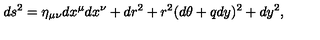
d s ^ { 2 } = \eta _ { \mu \nu } d x ^ { \mu } d x ^ { \nu } + d r ^ { 2 } + r ^ { 2 } ( d \theta + q d y ) ^ { 2 } + d y ^ { 2 } ,